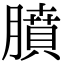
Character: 膹